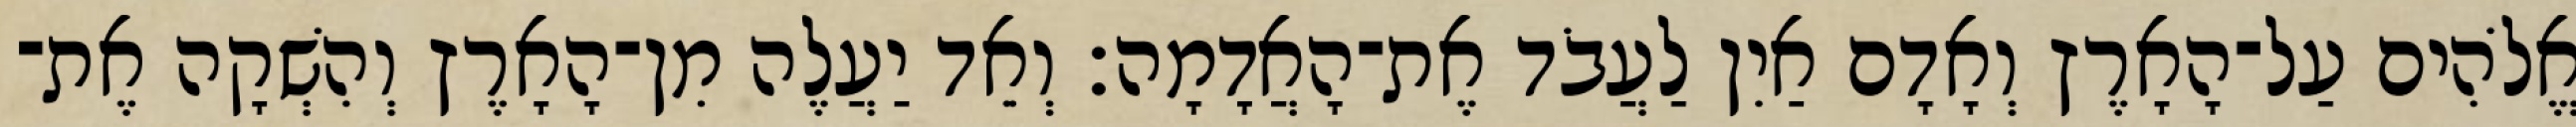
אֱלֹהִים עַל־הָאָרֶץ וְאָדָם אַיִן לַעֲבֹד אֶת־הָאֲדָמָה׃ וְאֵד יַעֲלֶה מִן־הָאָרֶץ וְהִשְׁקָה אֶת־